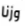
وزنا